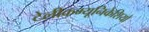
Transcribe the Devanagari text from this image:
टेलीकम्यूनिकेशियो